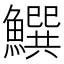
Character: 𩻝